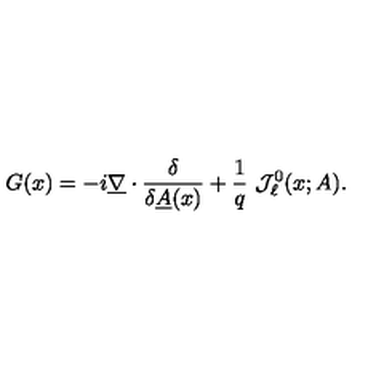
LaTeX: G ( x ) = - i \underline { { \nabla } } \cdot \frac { \delta } { \delta \underline { { A } } ( x ) } + \frac 1 q \ { \mathcal J } _ { \ell } ^ { 0 } ( x ; A ) .